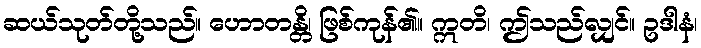
ဆယ်သုတ်တို့သည်။ ဟောတန္တိ၊ ဖြစ်ကုန်၏။ ဣတိ၊ ဤသည်လျှင်။ ဥဒါနံ၊